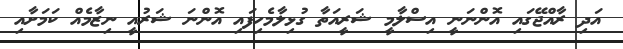
އަދި ރާއްޖޭގައި އޮންނަނީ އިސްލާމީ ޝަރީއަތާ ގުޅިލާމެހިފައި އޮންނަ ޝަރުއީ ނިޒާމެއް ކަމަށާއި